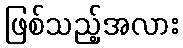
ဖြစ်သည့်အလား